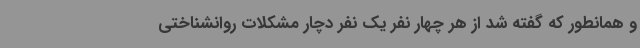
و همانطور که گفته شد از هر چهار نفر یک نفر دچار مشکلات روانشناختی